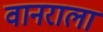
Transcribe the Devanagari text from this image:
वानराला